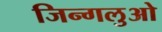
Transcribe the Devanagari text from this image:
जिन्गलुओ